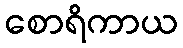
စောရိကာယ